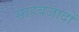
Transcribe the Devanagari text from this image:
साहबजादों